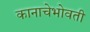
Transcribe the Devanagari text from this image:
कानाचेभोवती